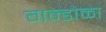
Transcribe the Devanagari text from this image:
गन्डोळा